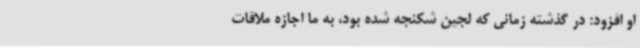
او افزود: در گذشته زمانی که لجین شکنجه شده بود، به ما اجازه ملاقات